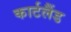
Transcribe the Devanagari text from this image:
कार्टलैंड